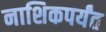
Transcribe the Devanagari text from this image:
नाशिकपर्यंत